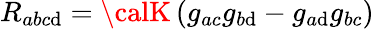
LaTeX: R_{abc\mathrm{d}}={\calK}\left(g_{ac}g_{b\mathrm{d}}-g_{a\mathrm{d}}g_{bc}\right)